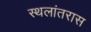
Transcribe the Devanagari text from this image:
स्थलांतरास